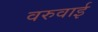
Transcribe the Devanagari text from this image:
वरुवाई